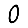
Digit: 0